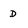
Character: D